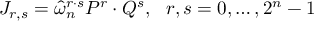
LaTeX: J _ { r , s } = \widehat { \omega } _ { n } ^ { r \cdot s } P ^ { r } \cdot Q ^ { s } , \, \, \, \, r , s = 0 , \ldots , 2 ^ { n } - 1